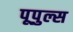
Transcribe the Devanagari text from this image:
पूपुल्स